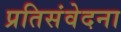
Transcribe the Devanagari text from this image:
प्रतिसंवेदना